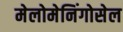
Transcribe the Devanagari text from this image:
मेलोमेनिंगोसेल